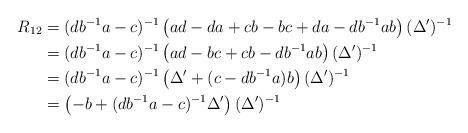
LaTeX: \begin{align*} R_{12} &=(db^{-1}a-c)^{-1}\left(ad-da+cb-bc+da-db^{-1}ab\right) (\Delta')^{-1}\\& =(db^{-1}a-c)^{-1}\left(ad-bc +cb-db^{-1}ab\right) (\Delta')^{-1}\\& =(db^{-1}a-c)^{-1}\left(\Delta' +(c -db^{-1}a)b\right) (\Delta')^{-1} \\& =\left(-b+ (db^{-1}a-c)^{-1}\Delta'\right)(\Delta')^{-1} \end{align*}